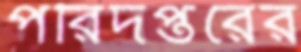
পরিদপ্তরের